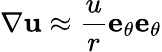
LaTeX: \mathbf{\nabla}\mathbf{u}\approx\frac{u}{r}\mathbf{e}_{\theta}\mathbf{e}_{\theta}